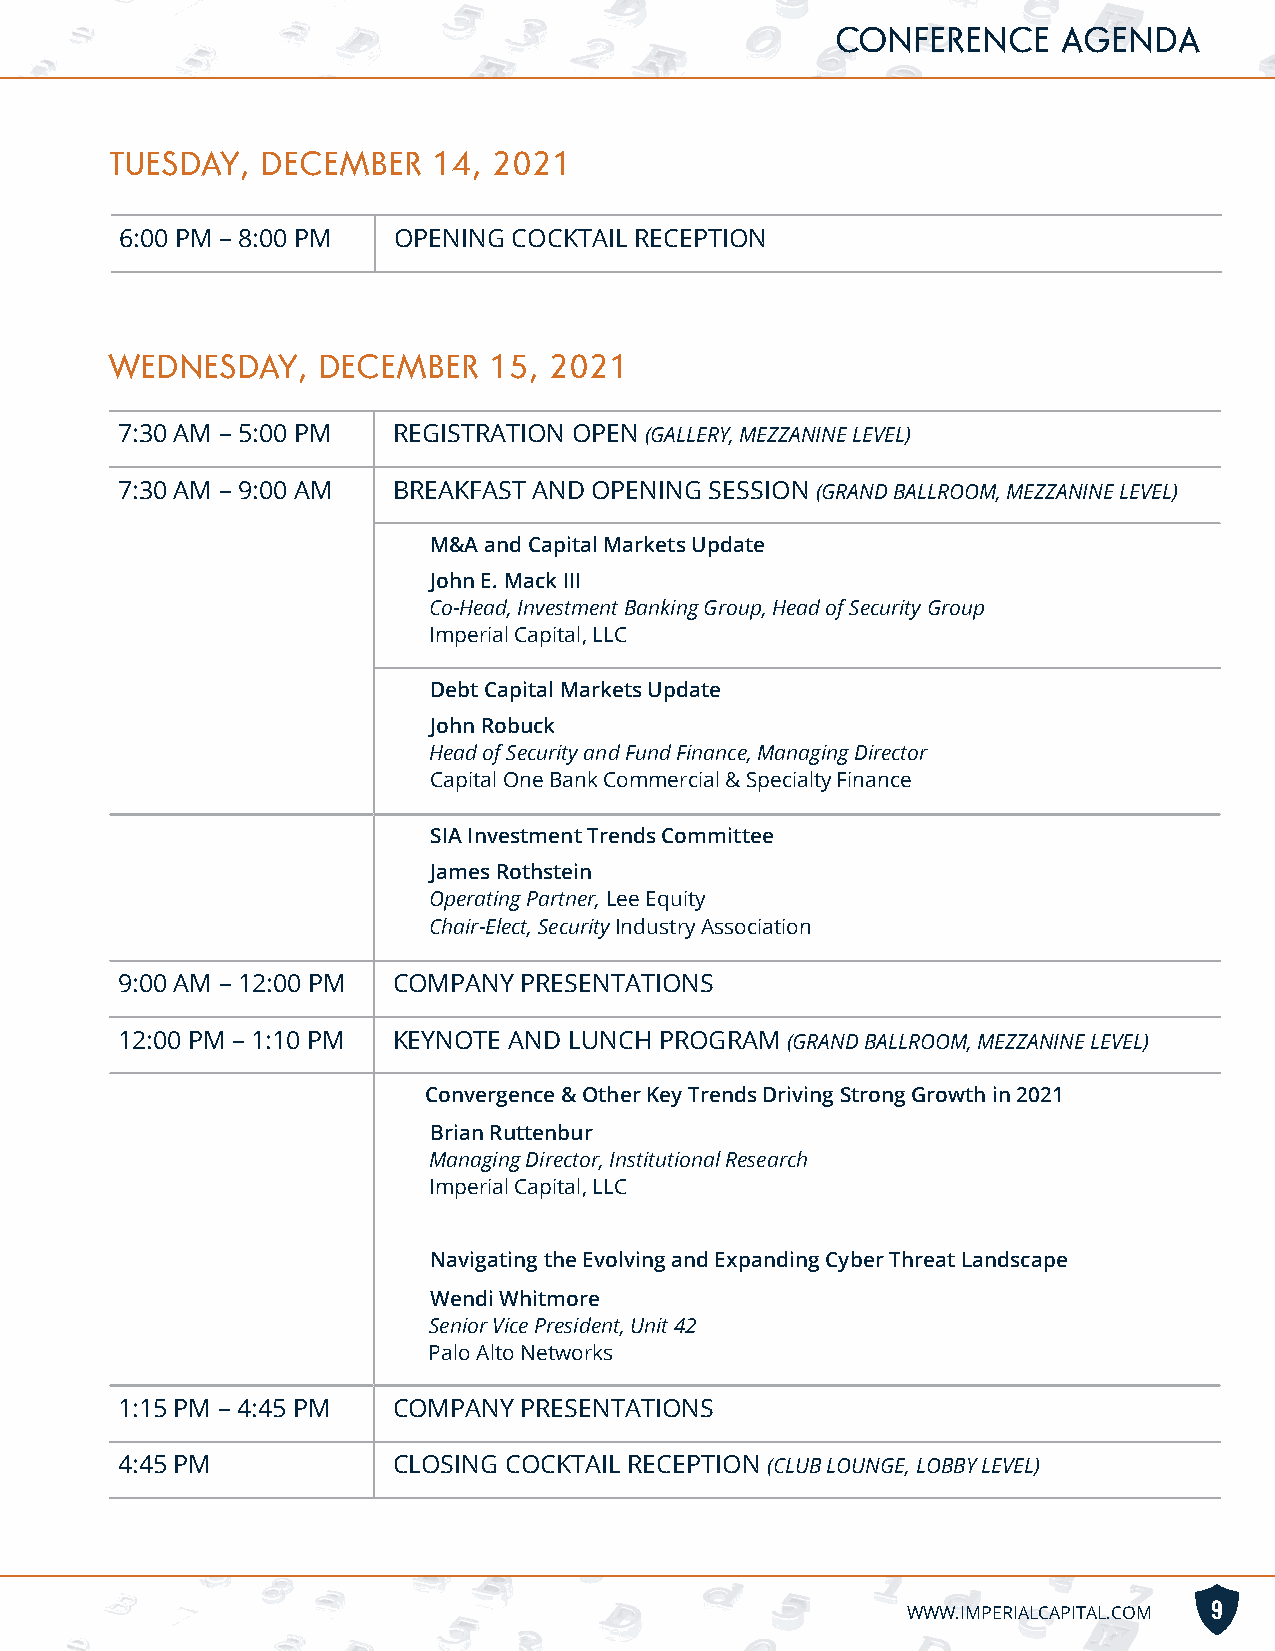
CONFERENCE     AGENDA
 TUESDAY,  DECEMBER    14, 2021
 6:00 PM – 8:00 PM OPENING COCKTAIL RECEPTION
 WEDNESDAY,    DECEMBER   15, 2021
 7:30 AM – 5:00 PM REGISTRATION OPEN (GALLERY, MEZZANINE LEVEL)
 7:30 AM – 9:00 AM BREAKFAST AND OPENING SESSION (GRAND BALLROOM, MEZZANINE LEVEL)
 M&A and Capital Markets Update
 John E. Mack III
 Co-Head, Investment Banking Group, Head of Security Group
 Imperial Capital, LLC
 Debt Capital Markets Update
 John Robuck
 Head of Security and Fund Finance, Managing Director
 Capital One Bank Commercial & Specialty Finance
 SIA Investment Trends Committee
 James Rothstein
 Operating Partner, Lee Equity
 Chair-Elect, Security Industry Association
 9:00 AM – 12:00 PM COMPANY PRESENTATIONS
 12:00 PM – 1:10 PM KEYNOTE AND LUNCH PROGRAM (GRAND BALLROOM, MEZZANINE LEVEL)
 Convergence & Other Key Trends Driving Strong Growth in 2021
 Brian Ruttenbur
 Managing Director, Institutional Research
 Imperial Capital, LLC
 Navigating the Evolving and Expanding Cyber Threat Landscape
 Wendi Whitmore
 Senior Vice President, Unit 42
 Palo Alto Networks
 1:15 PM – 4:45 PM COMPANY PRESENTATIONS
 4:45 PM           CLOSING COCKTAIL RECEPTION (CLUB LOUNGE, LOBBY LEVEL)
 WWW.IMPERIALCAPITAL.COM 9